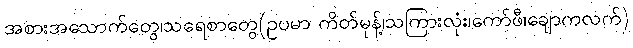
အစားအသောက်တွေ၊သရေစာတွေ(ဥပမာ ကိတ်မုန့်၊သကြားလုံး၊ကော်ဖီ၊ချောကလက်)